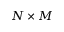
N \times M